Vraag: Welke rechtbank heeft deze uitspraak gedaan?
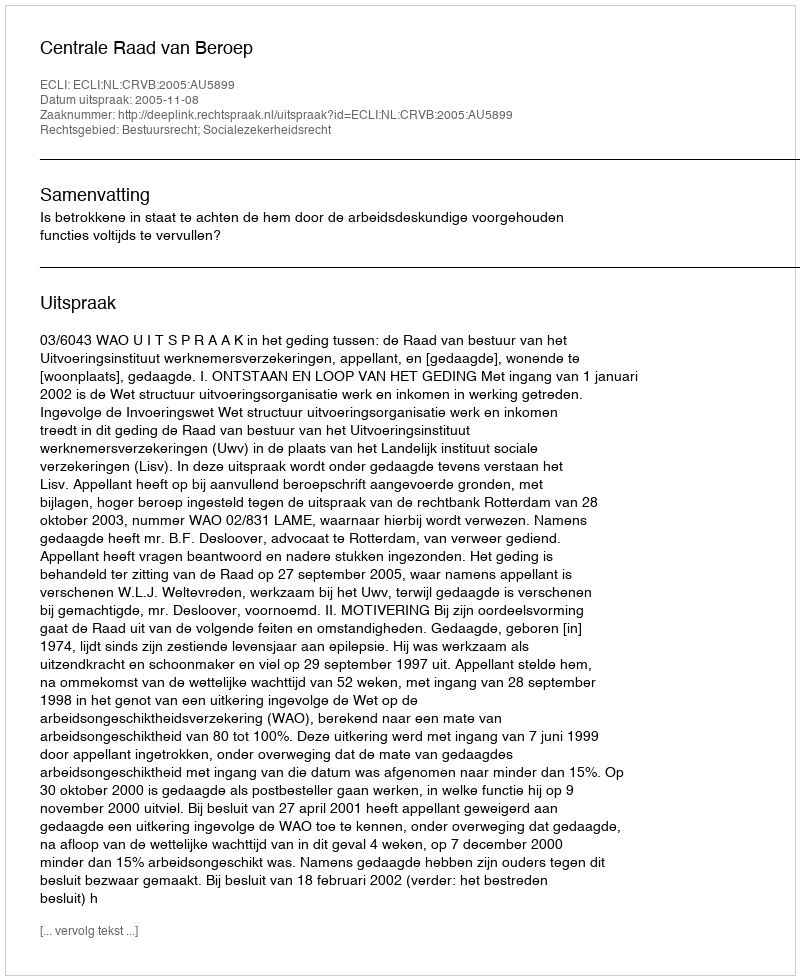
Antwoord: Centrale Raad van Beroep